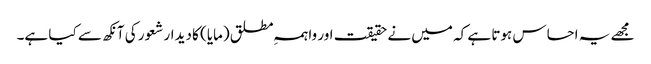
مجھے یہ احساس ہوتا ہے کہ میں نے حقیقت اور واہمہِ مطلق (مایا) کا دیدار شعور کی آنکھ سے کیا ہے۔